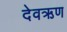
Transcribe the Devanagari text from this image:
देवऋण